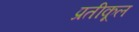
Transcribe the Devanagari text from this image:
प्रतीकूल